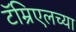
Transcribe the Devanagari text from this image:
टॅम्रिएलच्या